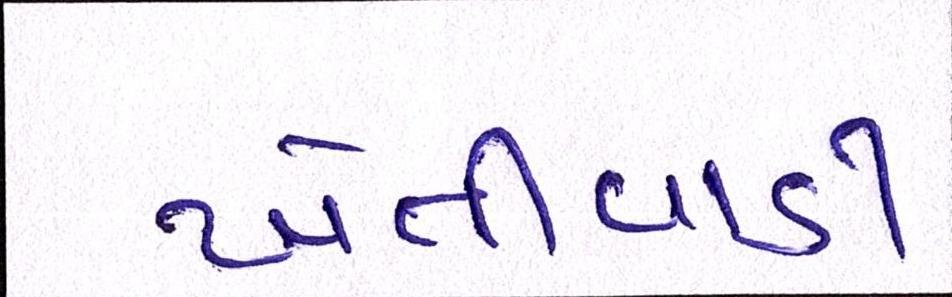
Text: ખેતીવાડી